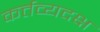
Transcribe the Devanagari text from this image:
कर्त्तव्यदक्ष